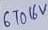
Text: 6 TO 16V